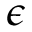
\epsilon